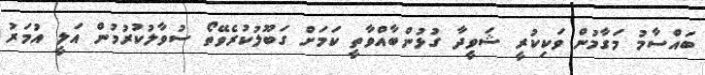
ބައްސާމު މަގާމުން ވަކިކުރީ ޝަވީދާ ގުޅުންބާއްވާތީ ކަމަށް ގަބޫލުކުރެވޭތޯ ސުވާލުކުރުމުން އަލީ އުމަރު